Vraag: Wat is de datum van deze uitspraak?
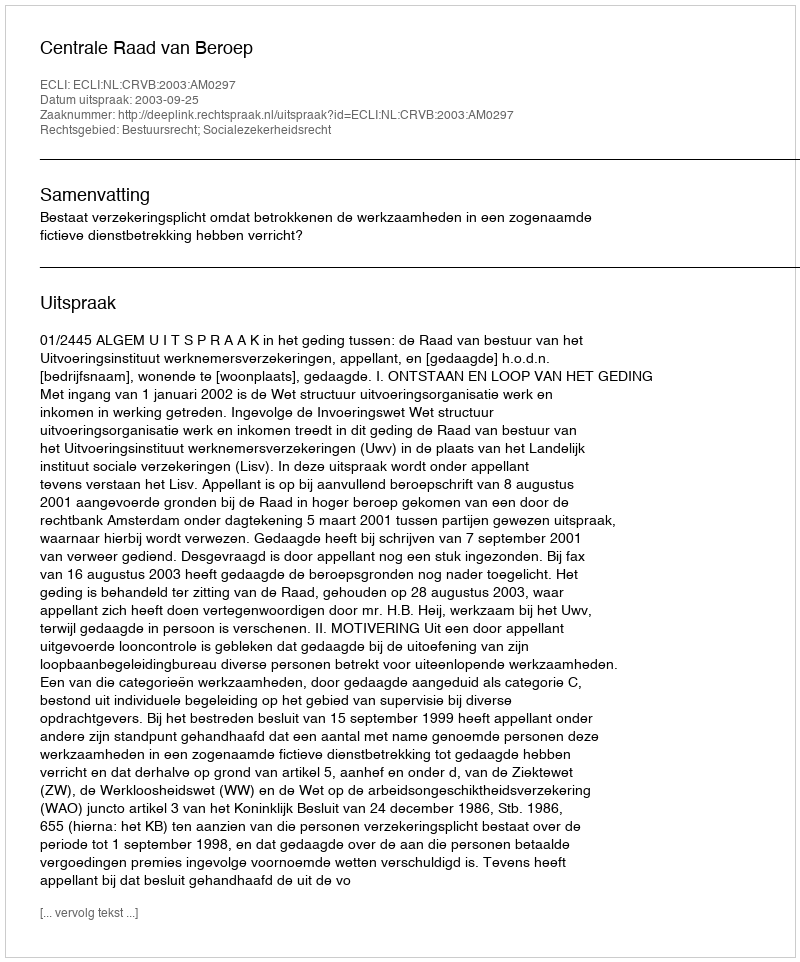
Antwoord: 2003-09-25